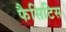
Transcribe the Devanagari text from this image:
फैसिटिस